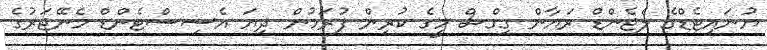
ޔުނައިޓެޑްގެ ލެޖެންޑް ރަޔާން ގިގްސް މީގެ ކުރިން ފުރަމުން ދިޔަ އެސިސްޓެންޑް މެނޭޖަރުގެ